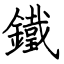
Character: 鐵